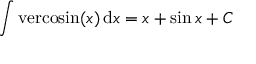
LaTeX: \int \mathrm { v e r c o s i n } ( x ) \, \mathrm { d } x = x + \sin { x } + C